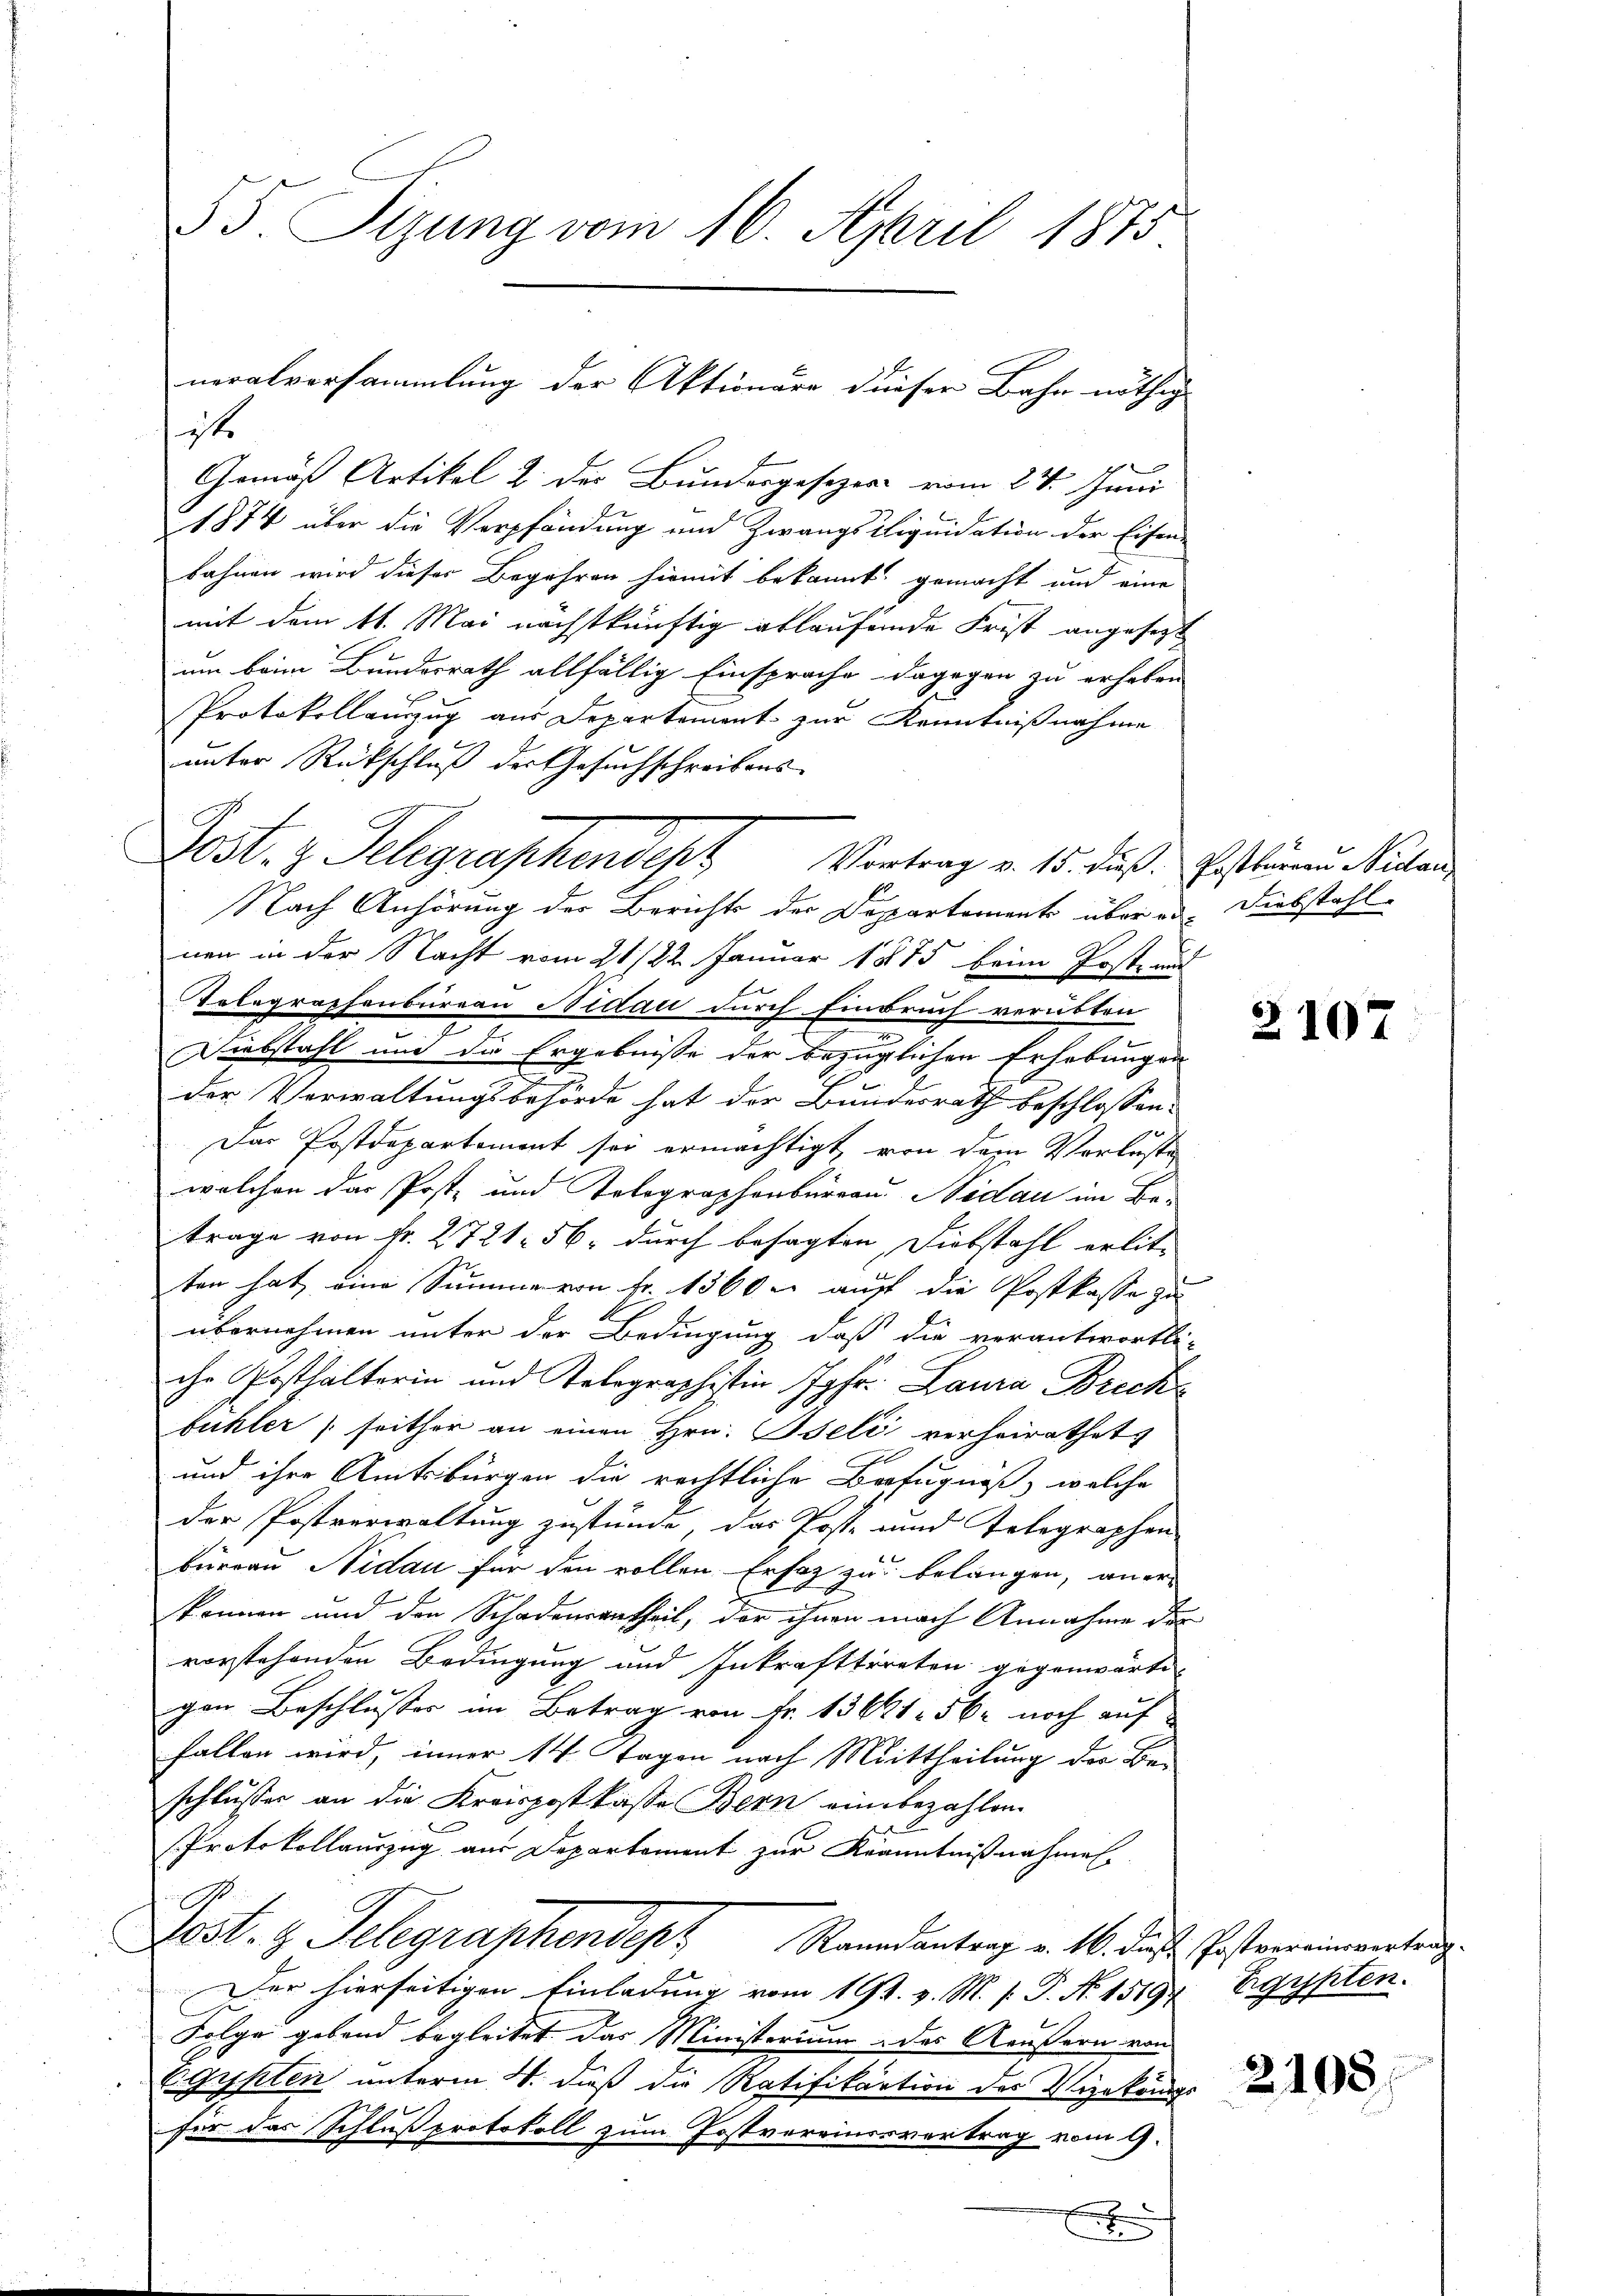
it.
Gemäß Artikel u. der Bundesgesezers vom 24. Juni
1874 über die Verpfändung und Zwangs Lliquidation der Eisen-
bahnen wird dieser Begehren hiemit bekannt gemacht und eine
mit dem 11. Mai nächstkünftig ablaufende Frist angesetzt
um beim Bundesrath allfällig Einsprache dagegen zu erheben
Protokollanzug aus Departement zur Kenntnißnahme
unter Rückschluß der Gesuchschreibens-
Nach Anhörung der Berichts der Doppartement über ed. Diebstahl-
nen in der Nacht vom 21/22. Januar 1875 beim Post- und
Telegraphenbureau Nidau durch Einbruch verübten
7
Diebstahl und die Ergebnisse der bezüglichen Erhebungen
der Verwaltungsbehörde hat der Bundesrath beschlossen:
Das Postdepartement sei ermächtigt, von dem Verluste
welchen das Post- und Telegraphenbureau Nidau im Betrage von fr. 2721. 56 durch besagten Diebstahl erlit-
ten hat, eine Summe von Fr. 1560 er auf die Postkasse zu
übernehmen unter der Bedingung, daß die verantwortli-
ihr Posthalterin und Kolographistin Jgfr. Laura Brecke
fühler (seither an einen Hrn. Iseli verheirathet
und ihre Amtsbürgen die rechtliche Befugniß, welche
der Postverwaltung zustunde, das Poste und Telegraphen
bureau Nidau für den vollen Ersatz zu belangen, anerkönnen und den Schadensertheil, der ihnen nach Annahme des
vorstehenden Bedingung und Inkrafttreten gegenwärte
gen Beschlusses im Betrag von Fr. 13641. 562 noch auf
fallen wird, inner 14. Tagen nach Mittheilung der Beschlusses an die Kreispostkasse Bern eine bezahlen
Protokollauszug aus Departement zur Kranntnißnahmen
G
Lost. z. Telegraphendept Randantrag v. 16. diese Postvereingerteng
Der hierseitigen Einladung vom 19. v. M. s. P. Nr. 15197 Egypten.
Folge gebend begleitet das Ministerium des Aeußern von
Egypten unterm 4. daß die Ratifikation des Vizekönigs
für das Schlussprotokoll zum Postvereinervertrag vom 9.

55. Sizung vom 16. April 1875

neralversammlung der Aktionäre dieser Bahn nöthig

Post. z. Telegraphendert Vortrag v. 15. Fuß. Gesteinen Rectand

x

2107

2108.